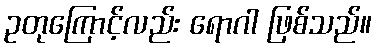
ဥတုကြောင့်လည်း ရောဂါ ဖြစ်သည်။